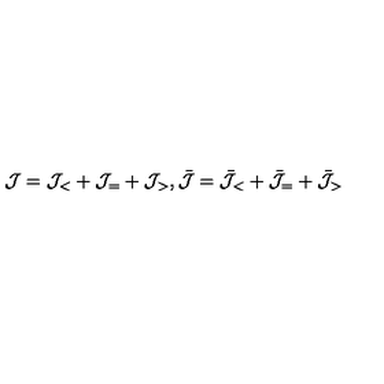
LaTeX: { \cal J } = { \cal J } _ { < } + { \cal J } _ { = } + { \cal J } _ { > } , \bar { \cal J } = \bar { \cal J } _ { < } + \bar { \cal J } _ { = } + \bar { \cal J } _ { > }